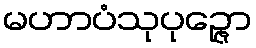
မဟာပံသုပုဉ္ဇော